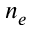
n _ { e }